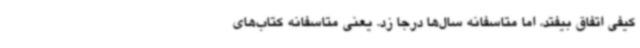
کیفی اتفاق بیفتد، اما متاسفانه سال‌ها درجا زد. یعنی متاسفانه کتاب‌های